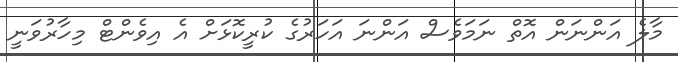
މާލެ އަންނަން އޮތް ނަމަވެސް އަންނަ އަހަރުގެ ކުރީކޮޅަށް އެ އިވެންޓް މިހާރުވަނީ